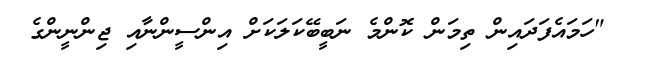
"ހަމައެފަދައިން ތިމަން ކޮންމެ ނަބީބޭކަލަކަށް އިންސީންނާއި ޖިންނީންގެ